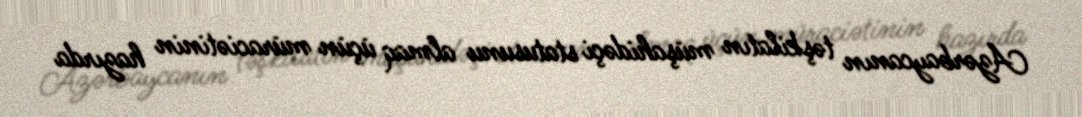
Azərbaycanın təşkilatın müşahidəçi statusunu almaq üçün müraciətinin hazırda